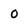
Character: 0